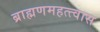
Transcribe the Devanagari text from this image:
ब्राह्मणमहत्त्वास